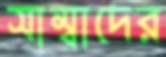
সাম্বাদের